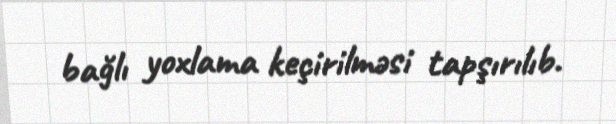
bağlı yoxlama keçirilməsi tapşırılıb.